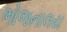
ભોજનાલય